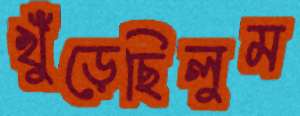
খুঁড়েছিলুম